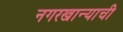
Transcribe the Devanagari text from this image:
नगरखान्याची